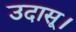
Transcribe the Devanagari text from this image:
उदासू।